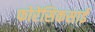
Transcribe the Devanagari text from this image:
फोरेंसिकसाई